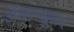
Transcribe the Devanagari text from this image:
ॲव्हन्यूवर